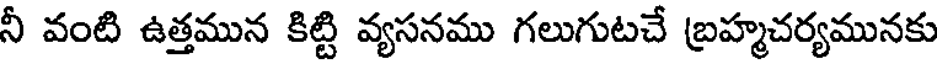
నీ వంటి ఉత్తమున కిట్టి వ్యసనము గలుగుటచే బ్రహ్మచర్యమునకు